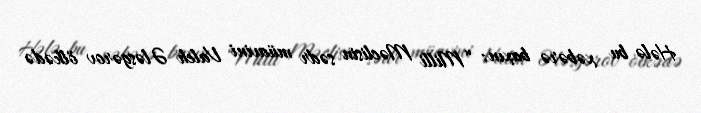
Hələ bu xəbərə baxın: “Milli Məclisin sədr müavini Valeh Ələsgərov ölkədə